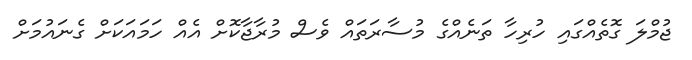
ޖުމްލަ ގޮތެއްގައި ހުރިހާ ތަނެއްގެ މުސާރަތައް ވެސް މުރާޖާކޮށް އެއް ހަމައަކަށް ގެނައުމަށް